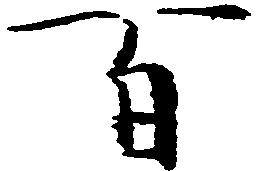
百